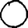
Digit: 0